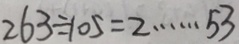
2 6 3 \div 1 0 5 = 2 \cdots 5 3